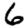
Digit: 6